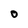
Character: O